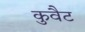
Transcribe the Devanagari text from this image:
कुवैट